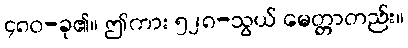
၄၈၀-ခု၏။ ဤကား ၅၂၈-သွယ် မေတ္တာတည်း။